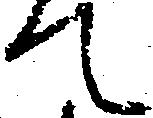
て